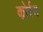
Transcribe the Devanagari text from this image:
कोर्रस